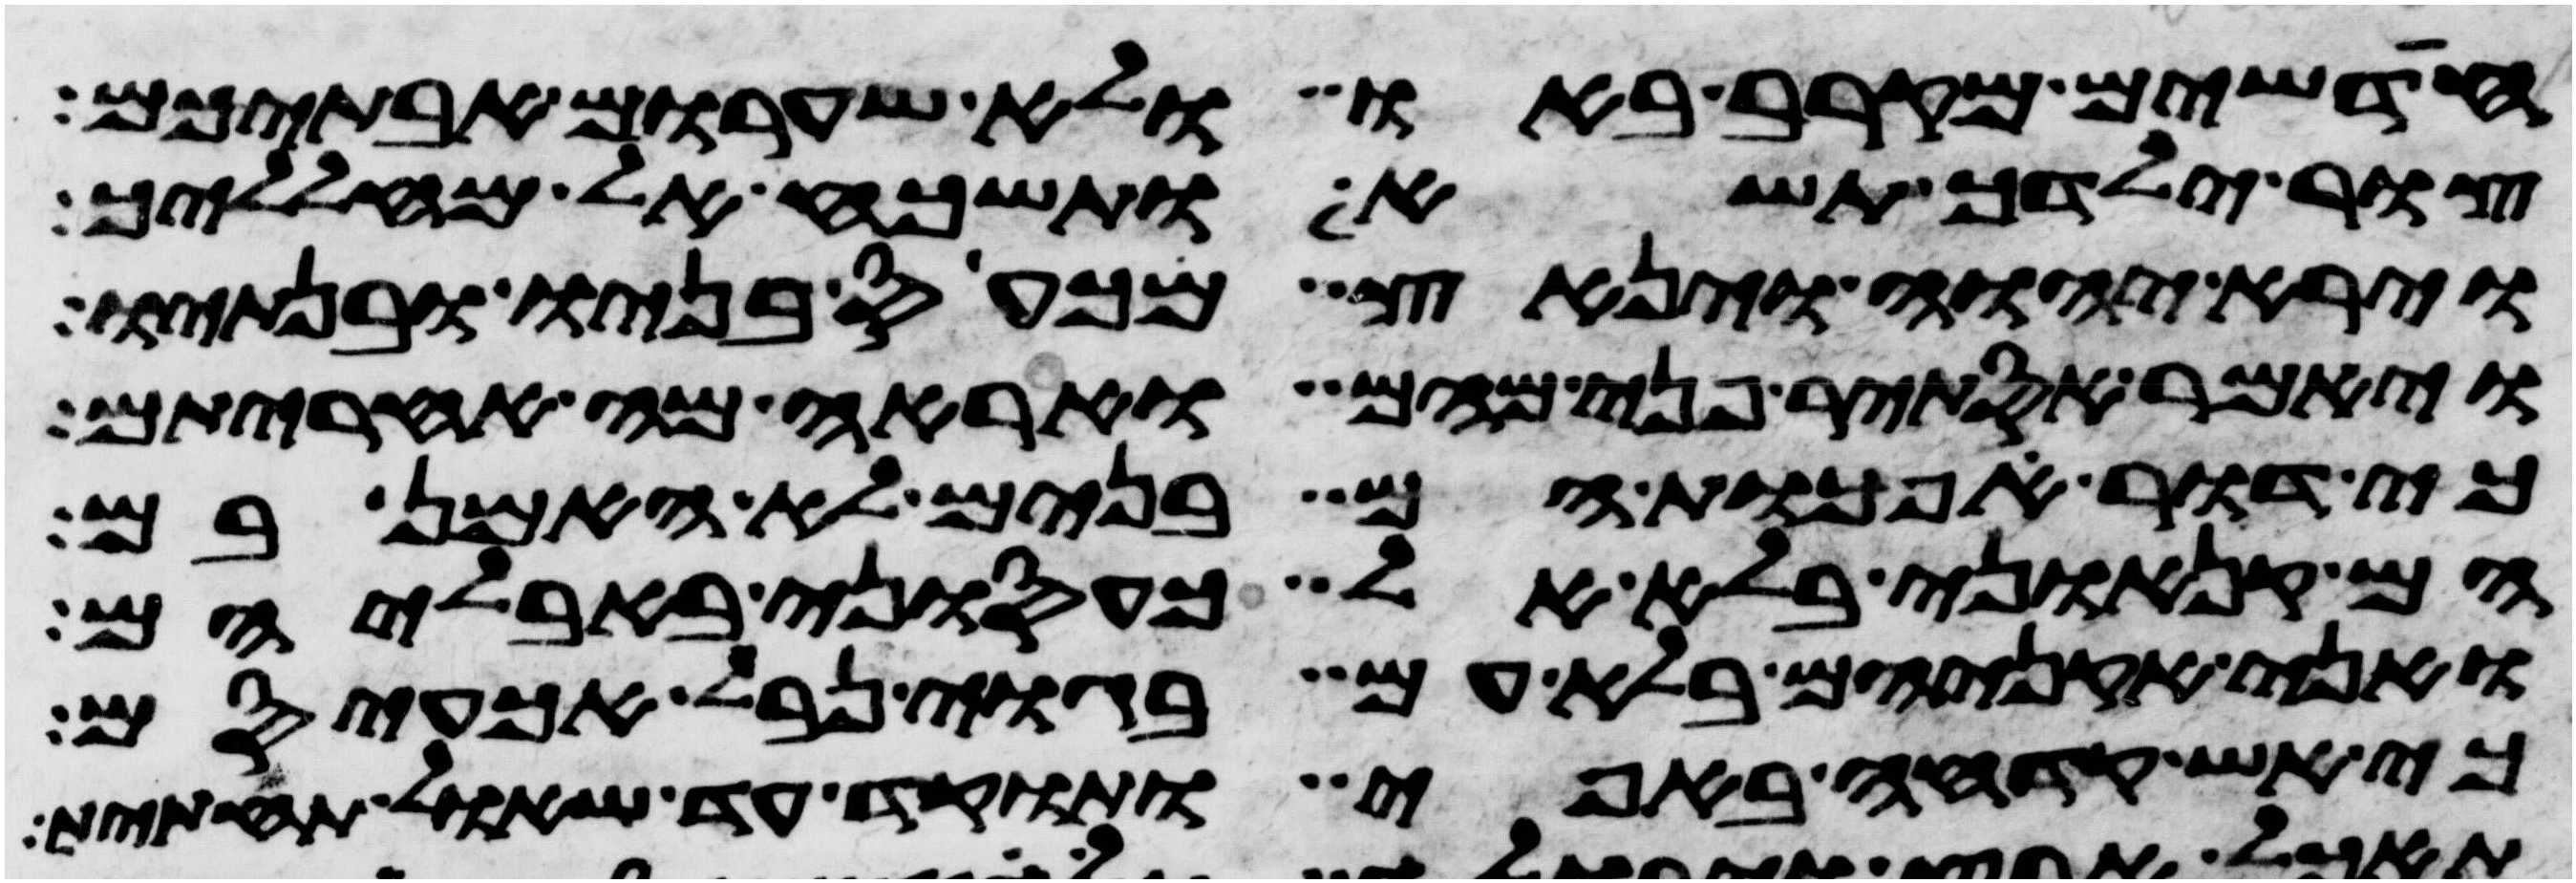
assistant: חדשים מקרב באו ולא שערום אבתיכם
צור ילדך תשא ותשכח אל מהללך
וירא יהוה וינאץ מכעס בניו ובנתיו
ויאמר אסתיר פני מהם ואראה מה אחריתם
כי דור הפכות הם בנים לא האמן בם
הם קנאוני בלא אל כעסוני באבליהם
ואני אקניאם בלא עם בגוי נבל אכעיסם
כי אש קדחה באפי ותוקד עד שאל תחתית